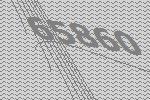
65860